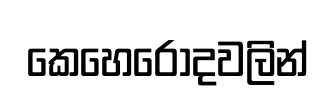
කෙහෙරොදවලින්